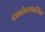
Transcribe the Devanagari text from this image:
हाइड्रोडामालिस